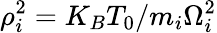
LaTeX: \rho_{i}^{2}=K_{B}T_{0}/m_{i}\Omega_{i}^{2}